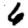
Digit: 6